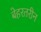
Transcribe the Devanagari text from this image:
बेहरतरीन